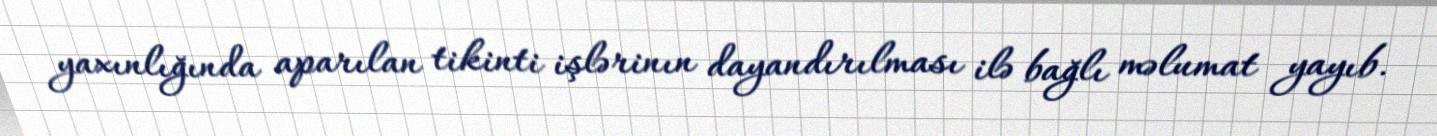
yaxınlığında aparılan tikinti işlərinın dayandırılması ilə bağlı məlumat yayıb.